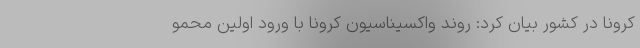
کرونا در کشور بیان کرد: روند واکسیناسیون کرونا با ورود اولین محمو